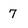
Character: 7